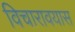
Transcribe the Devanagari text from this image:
विचारावयास